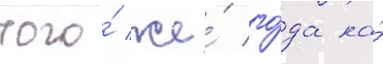
того́ же́ го́да на́